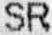
SR